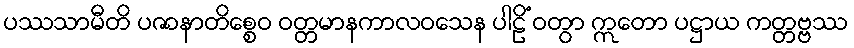
ပဿသာမီတိ ပဇာနာတိစ္စေဝ ဝတ္တမာနကာလဝသေန ပါဠိံ ဝတွာ ဣတော ပဋ္ဌာယ ကတ္တဗ္ဗဿ